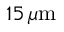
1 5 \, \mu \mathrm { m }